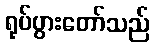
ရုပ်ပွားတော်သည်